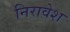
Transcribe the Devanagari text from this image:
निरावेश